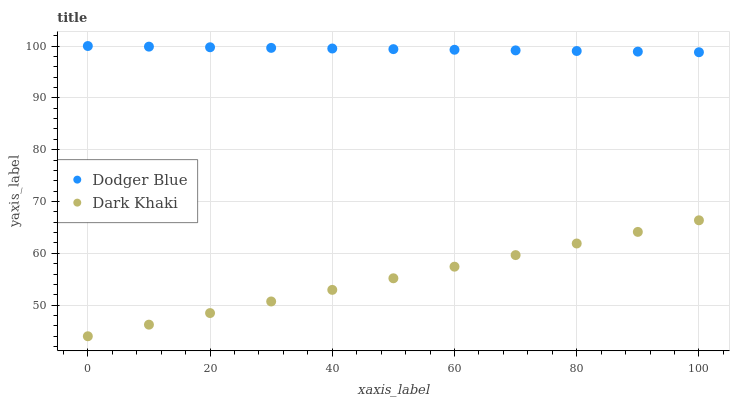
| xaxis_label | Dodger Blue | Dark Khaki |
 | --- | --- | --- |
 | 0 | 100 | 44 |
 | 10 | 99.9 | 46.2 |
 | 20 | 99.8 | 48.5 |
 | 30 | 99.6 | 50.7 |
 | 40 | 99.5 | 52.9 |
 | 50 | 99.4 | 55.2 |
 | 60 | 99.3 | 57.4 |
 | 70 | 99.2 | 59.7 |
 | 80 | 99 | 61.9 |
 | 90 | 98.9 | 64.1 |
 | 100 | 98.8 | 66.4 |